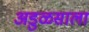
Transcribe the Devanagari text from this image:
अडुळसाला